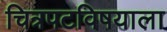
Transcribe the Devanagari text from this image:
चित्रपटविषयाला